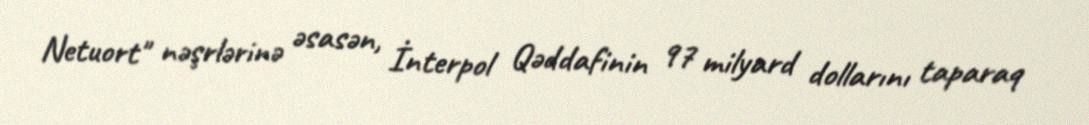
Netuort" nəşrlərinə əsasən, İnterpol Qəddafinin 97 milyard dollarını taparaq